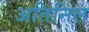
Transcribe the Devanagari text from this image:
अतिनिल